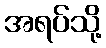
အရပ်သို့